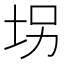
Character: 𫭦